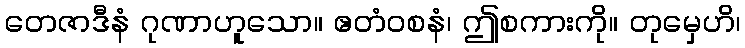
တေဇာဒီနံ ဂုဏာဟူသော။ ဧတံဝစနံ၊ ဤစကားကို။ တုမှေဟိ၊